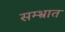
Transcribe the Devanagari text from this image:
सम्भ्रात